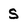
Character: s